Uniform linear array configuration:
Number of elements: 48
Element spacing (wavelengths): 1
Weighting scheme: hann
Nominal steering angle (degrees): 15
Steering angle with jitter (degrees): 14.109
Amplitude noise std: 0.05
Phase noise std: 0.05

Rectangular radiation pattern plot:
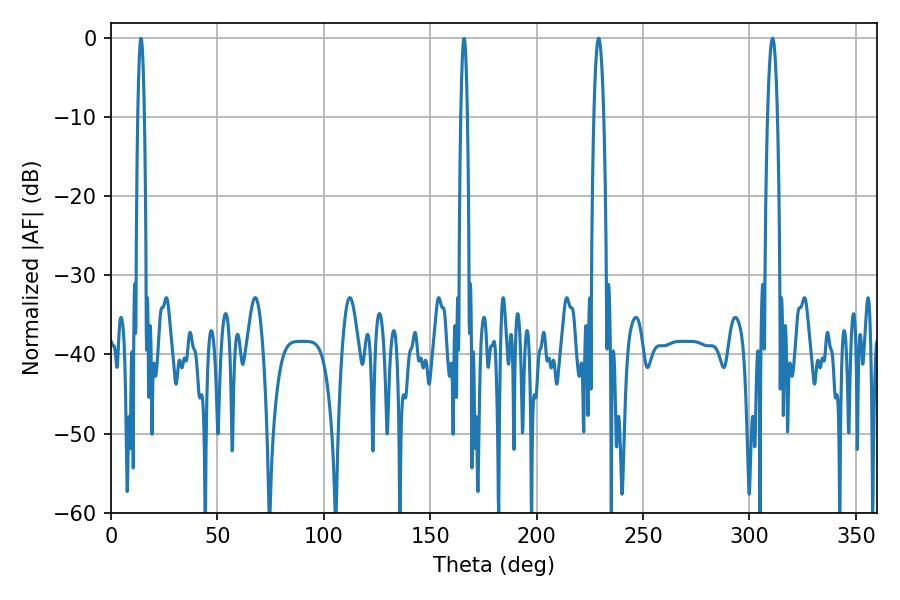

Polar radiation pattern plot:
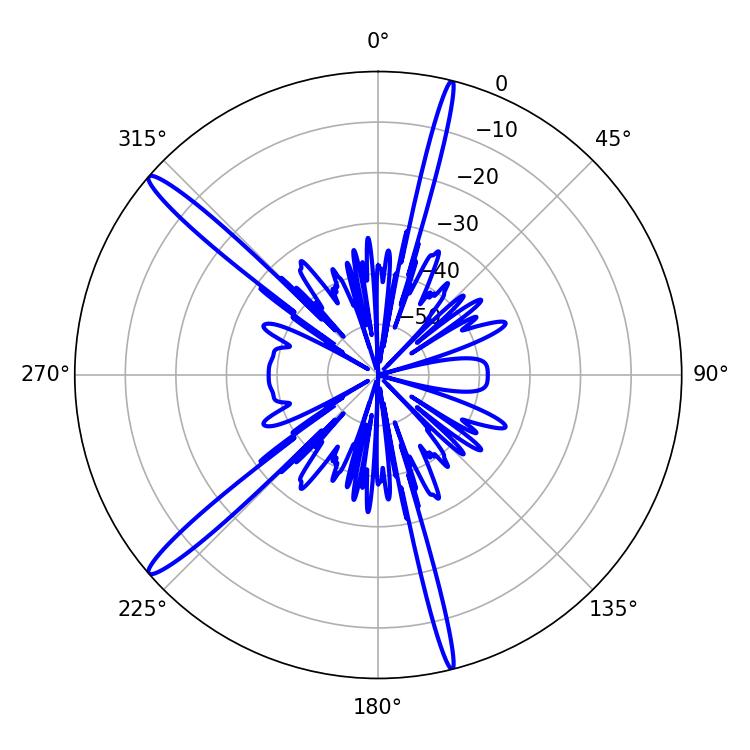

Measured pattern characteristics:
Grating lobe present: TRUE
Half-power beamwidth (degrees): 2.52
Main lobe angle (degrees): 229.14